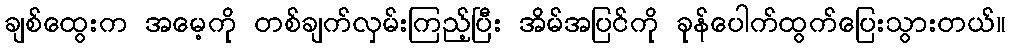
ချစ်ထွေးက အမေ့ကို တစ်ချက်လှမ်းကြည့်ပြီး အိမ်အပြင်ကို ခုန်ပေါက်ထွက်ပြေးသွားတယ်။